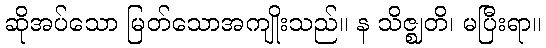
ဆိုအပ်သော မြတ်သောအကျိုးသည်။ န သိဇ္ဈတိ၊ မပြီးရာ။